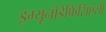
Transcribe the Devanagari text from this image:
इम्यूनोडेफिसिएंसी